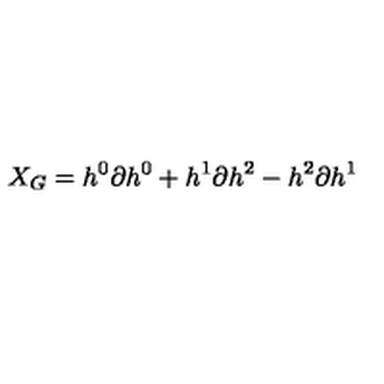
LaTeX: X _ { G } = h ^ { 0 } \partial { h ^ { 0 } } + h ^ { 1 } \partial { h ^ { 2 } } - h ^ { 2 } \partial { h ^ { 1 } }